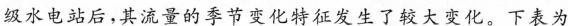
级水电站后，其流量的季节变化特征发生了较大变化。下表为